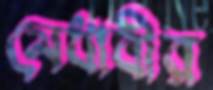
মেধাবীর